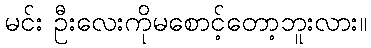
မင်း ဦးလေးကိုမစောင့်တော့ဘူးလား။